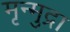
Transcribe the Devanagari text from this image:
मृन्मुद्रा